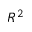
R ^ { 2 }